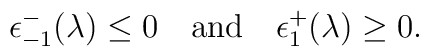
\epsilon_{-1}^-(\lambda) \leq 0 \quad \mbox{and} \quad \epsilon_1^+(\lambda) \geq 0.